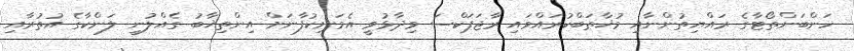
ހަންބަންތޯޓާގެ ރައްޔިތުންނާއި މުޚާޠަބްކުރައްވައި ރާޖަޕަކްސަ ވިދާޅުވީ އެމަނިކުފާނަށް އިންތިޚާބު ގެއްލުނީ ލަންކާގެ އުތުރާއި